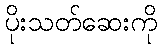
ပိုးသတ်ဆေးကို